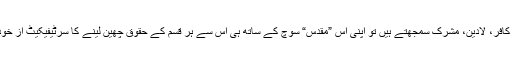
جب ہم بزعم خود کسی کو کافر، لادین، مشرک سمجھتے ہیں تو اپنی اس ”مقدس“ سوچ کے ساتھ ہی اس سے ہر قسم کے حقوق چھین لینے کا سرٹیفیکیٹ از خود کیوں حاصل کرلیتے ہیں۔